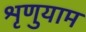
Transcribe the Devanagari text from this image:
श्रृणुयाम